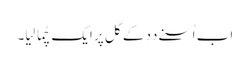
اَب اُسنے دِدِ کے گل پر ایک چُما لِیا۔